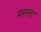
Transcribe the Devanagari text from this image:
ग्रसता